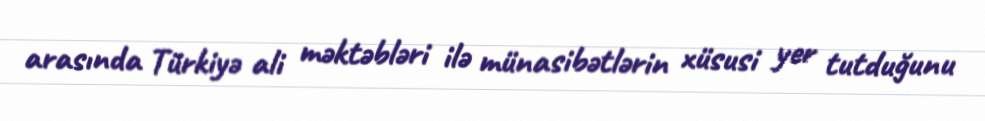
arasında Türkiyə ali məktəbləri ilə münasibətlərin xüsusi yer tutduğunu